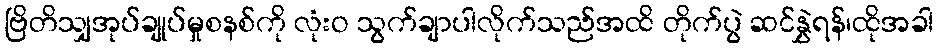
ဗြိတိသျှအုပ်ချုပ်မှုစနစ်ကို လုံးဝ သွက်ချာပါလိုက်သည်အထိ တိုက်ပွဲ ဆင်နွှဲရန်၊ထိုအခါ